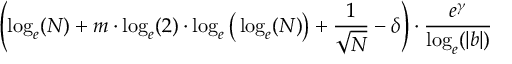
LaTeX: \left( \log _ { e } ( N ) + m \cdot \log _ { e } ( 2 ) \cdot \log _ { e } { \big ( } \log _ { e } ( N ) { \big ) } + { \frac { 1 } { \sqrt { N } } } - \delta \right) \cdot { \frac { e ^ { \gamma } } { \log _ { e } ( | b | ) } }